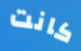
كانت